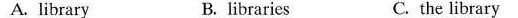
A. library B. libraries C. the library